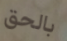
بالحق